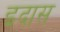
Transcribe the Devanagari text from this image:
इदास